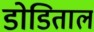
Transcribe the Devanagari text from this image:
डोडिताल